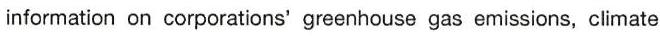
information on corporations' greenhouse gas emissions, climate